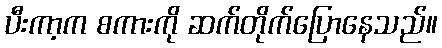
ပီးကာ့က စကားကို ဆက်တိုက်ပြောနေသည်။